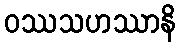
ဝဿသဟဿာနိ